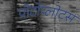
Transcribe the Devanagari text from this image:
प्रोटोप्लोटस